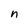
Character: n